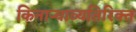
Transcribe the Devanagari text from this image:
किनाऱ्याव्यतिरिक्त